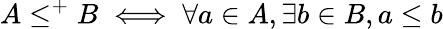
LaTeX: A\leq^{+}B\iff\forall a\in A,\exists b\in B,a\leq b